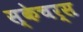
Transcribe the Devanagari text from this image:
स्केचर्स